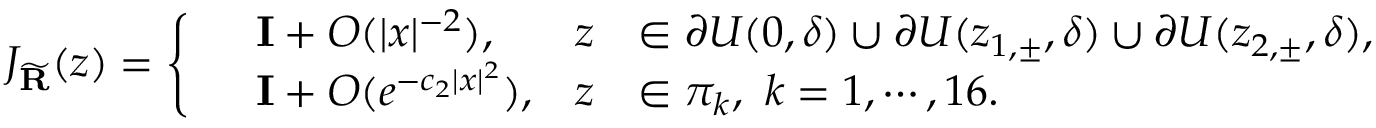
J _ { \widetilde { \mathbf { R } } } ( z ) = \left\{ \begin{array} { r l r l } & { \mathbf { I } + O ( | x | ^ { - 2 } ) , } & { z } & { \in \partial U ( 0 , \delta ) \cup \partial U ( z _ { 1 , \pm } , \delta ) \cup \partial U ( z _ { 2 , \pm } , \delta ) , } \\ & { \mathbf { I } + O ( e ^ { - c _ { 2 } | x | ^ { 2 } } ) , } & { z } & { \in \pi _ { k } , \ k = 1 , \cdots , 1 6 . } \end{array} \right.